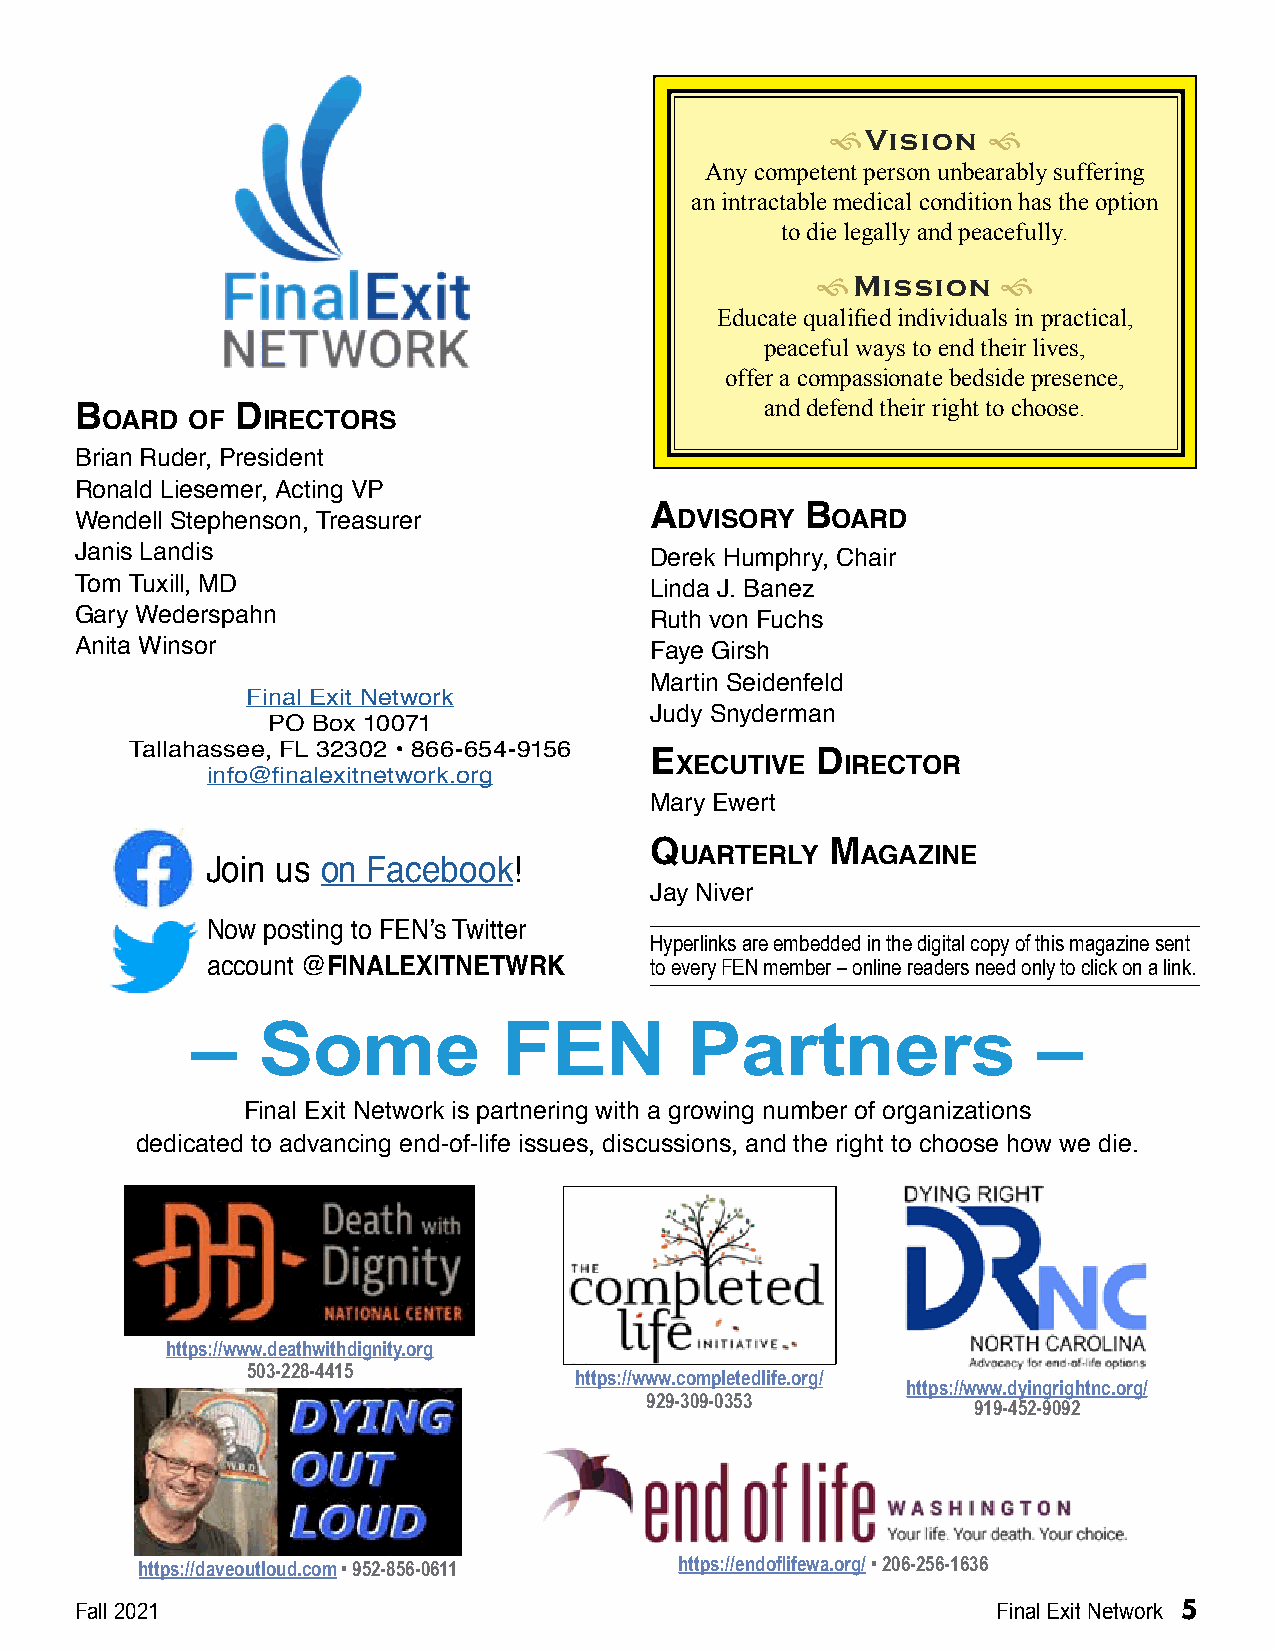
fVision   f
 Any competent person unbearably suffering
 an intractable medical condition has the option
 to die legally and peacefully.
 fMission    f
 Educate qualified individuals in practical,
 peaceful ways to end their lives,
 offer a compassionate bedside presence,
 and defend their right to choose.
 Board  of  directors
 Brian Ruder, President
 Ronald Liesemer, Acting VP
 Wendell Stephenson, Treasurer
 advisory  Board
 Janis Landis                          Derek Humphry, Chair
 Tom Tuxill, MD                        Linda J. Banez
 Gary Wederspahn                       Ruth von Fuchs
 Anita Winsor                          Faye Girsh
 Martin Seidenfeld
 Final Exit Network
 Judy Snyderman
 PO Box 10071
 Tallahassee, FL 32302 • 866-654-9156
 executive  director
 info@finalexitnetwork.org
 Mary Ewert
 Quarterly   Magazine
 Join us on Facebook!
 Jay Niver
 Now posting to FEN’s Twitter
 Hyperlinks are embedded in the digital copy of this magazine sent
 account @FINALEXITNETWRK     to every FEN member – online readers need only to click on a link.
 –   Some            FEN         Partners                –
 Final Exit Network is partnering with a growing number of organizations
 dedicated to advancing end-of-life issues, discussions, and the right to choose how we die.
 https://www.deathwithdignity.org
 503-228-4415
 https://www.completedlife.org/
 https://www.dyingrightnc.org/
 929-309-0353
 919-452-9092
 https://daveoutloud.com • 952-856-0611 https://endoflifewa.org/ • 206-256-1636
 Fall 2021                                                    Final Exit Network 5